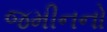
જમીનનો